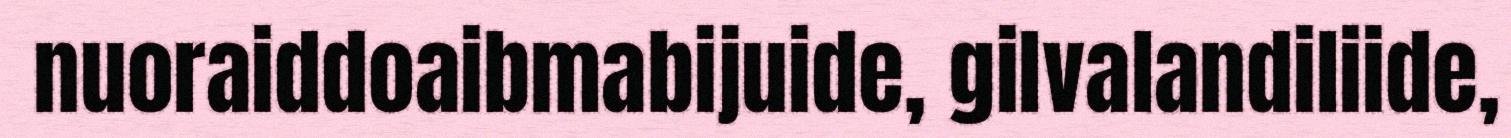
nuoraiddoaibmabijuide, gilvalandiliide,